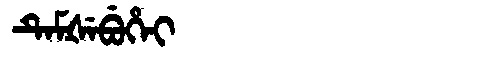
Manchu: ᡨᡝᠮᡧᡝᠪᡠᡥᡝᡳ
Romanization: TEMŠEBUHEI